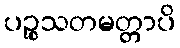
ပဉ္စသတမတ္တာပိ